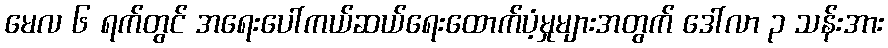
မေလ ၆ ရက်တွင် အရေးပေါ်ကယ်ဆယ်ရေးထောက်ပံ့မှုများအတွက် ဒေါ်လာ ၃ သန်းအား